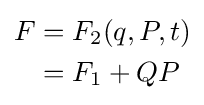
{\begin{aligned}F&=F_{2}(q,P,t)\\&=F_{1}+QP\end{aligned}}